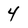
Character: 4